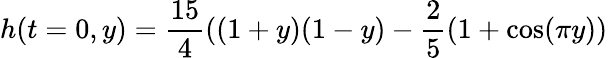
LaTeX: h(t=0,y)=\frac{15}{4}((1+y)(1-y)-\frac 25(1+\cos(\pi y))